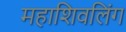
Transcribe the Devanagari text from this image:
महाशिवलिंग